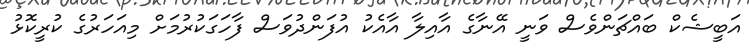
އަބީޝެކް ބައްޗަންވެސް ވަނީ އޭނާގެ އާއިލާ އާއެކު އުފަންދުވަސް ފާހަގަކުރުމަށް މިއަހަރުގެ ކުރީކޮޅު